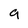
Character: 9